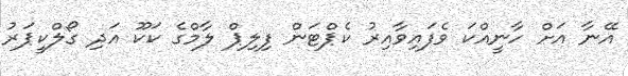
އޭނާ އަށް ހާނީއްކަ ވެފައިވާއިރު ކެޕްޓަން ފިލިޕް ލާމްގެ ކަކޫ އަދި ގޯލްކީޕަރު